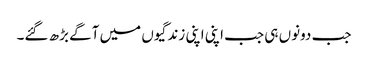
جب دونوں ہی جب اپنی اپنی زندگیوں میں آگے بڑھ گئے۔